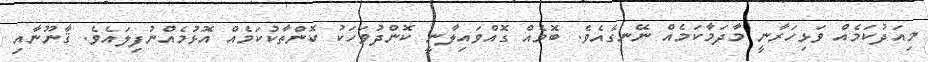
މިއަދުކަމެއް ވަޅިހަރާނީ މާދަމާކަމެއް ނޭނގެއެވެ. ބޮމެއް ގޮއްވައިލާނީ ކޮންދުވަހަކު ކޮންތާކުކަމެއް އޮޅުމެއްނުފިލައެވެ. ޤާނޫނާއި